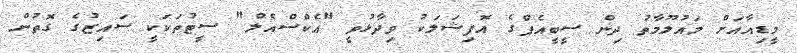
މީޑިއާއަށް މައުލޫމާތު ދިން ސީބީއެފްގެ އޮފިޝަލަކު ވިދާޅުވީ "އެކްސްއެލް" ސީޓުތަކަކީ ސައިޒުގެ ގޮތުން